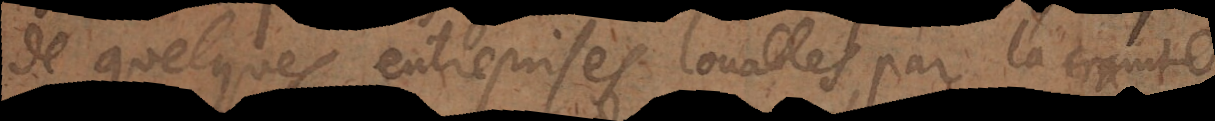
de quelques entreprises louables, par la crainte